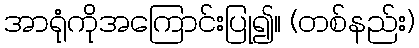
အာရုံကိုအကြောင်းပြု၍။ (တစ်နည်း)